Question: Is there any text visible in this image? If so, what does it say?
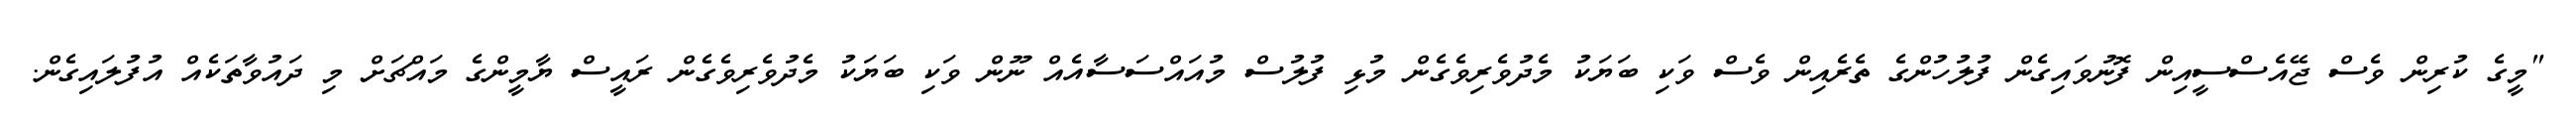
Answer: "މީގެ ކުރިން ވެސް ޖޭއެސްސީއިން ފޮނުވައިގެން ފުލުހުންގެ ތެރެއިން ވެސް ވަކި ބަޔަކު މެދުވެރިވެގެން މުޅި ފުލުސް މުއައްސަސާއެއް ނޫން ވަކި ބަޔަކު މެދުވެރިވެގެން ރައީސް ޔާމީންގެ މައްޗަށް މި ދައުވާތަކެއް އުފުލައިގެން.